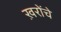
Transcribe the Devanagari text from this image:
ख़रोंचे